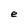
Character: e